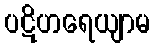
ပဋိဟရေယျာမ